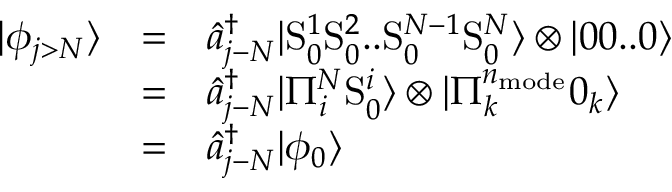
\begin{array} { c c l } { | \phi _ { j > N } \rangle } & { = } & { \hat { a } _ { j - N } ^ { \dagger } | \mathrm { S } _ { 0 } ^ { 1 } \mathrm { S } _ { 0 } ^ { 2 } . . \mathrm { S } _ { 0 } ^ { N - 1 } \mathrm { S } _ { 0 } ^ { N } \rangle \otimes | 0 0 . . 0 \rangle } \\ & { = } & { \hat { a } _ { j - N } ^ { \dagger } | \Pi _ { i } ^ { N } \mathrm { S } _ { 0 } ^ { i } \rangle \otimes | \Pi _ { k } ^ { n _ { \mathrm { m o d e } } } 0 _ { k } \rangle } \\ & { = } & { \hat { a } _ { j - N } ^ { \dagger } | \phi _ { 0 } \rangle } \end{array}